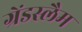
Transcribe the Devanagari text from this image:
ग्रेंडस्लैम